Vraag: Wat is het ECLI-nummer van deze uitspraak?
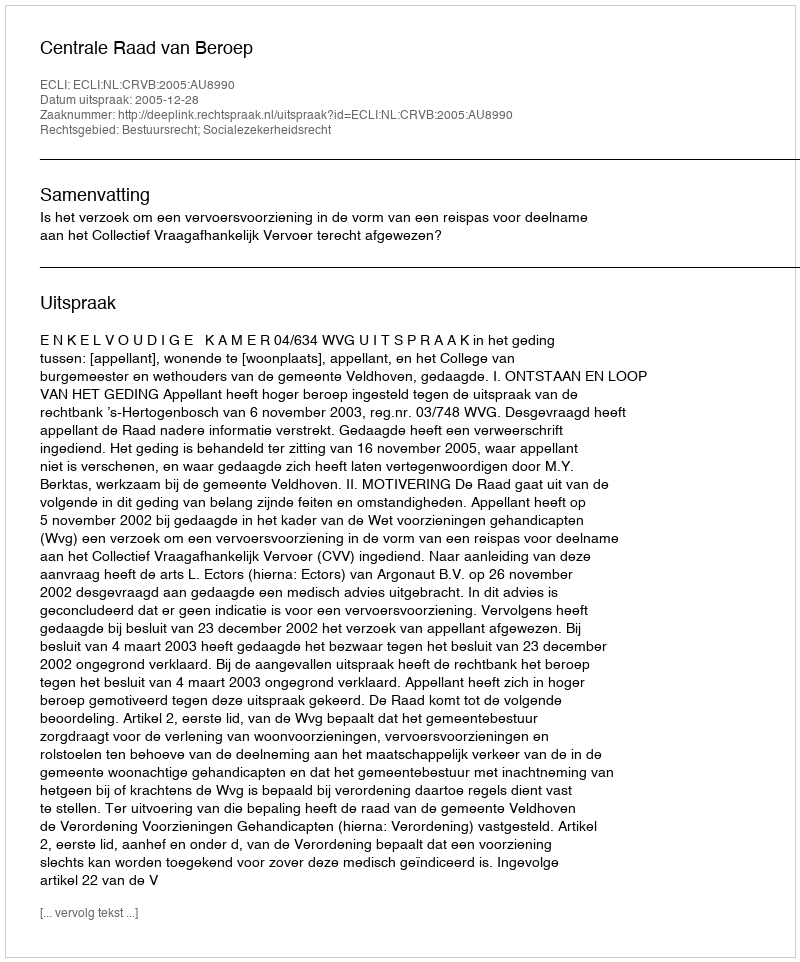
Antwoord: ECLI:NL:CRVB:2005:AU8990